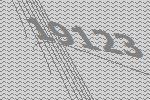
19123